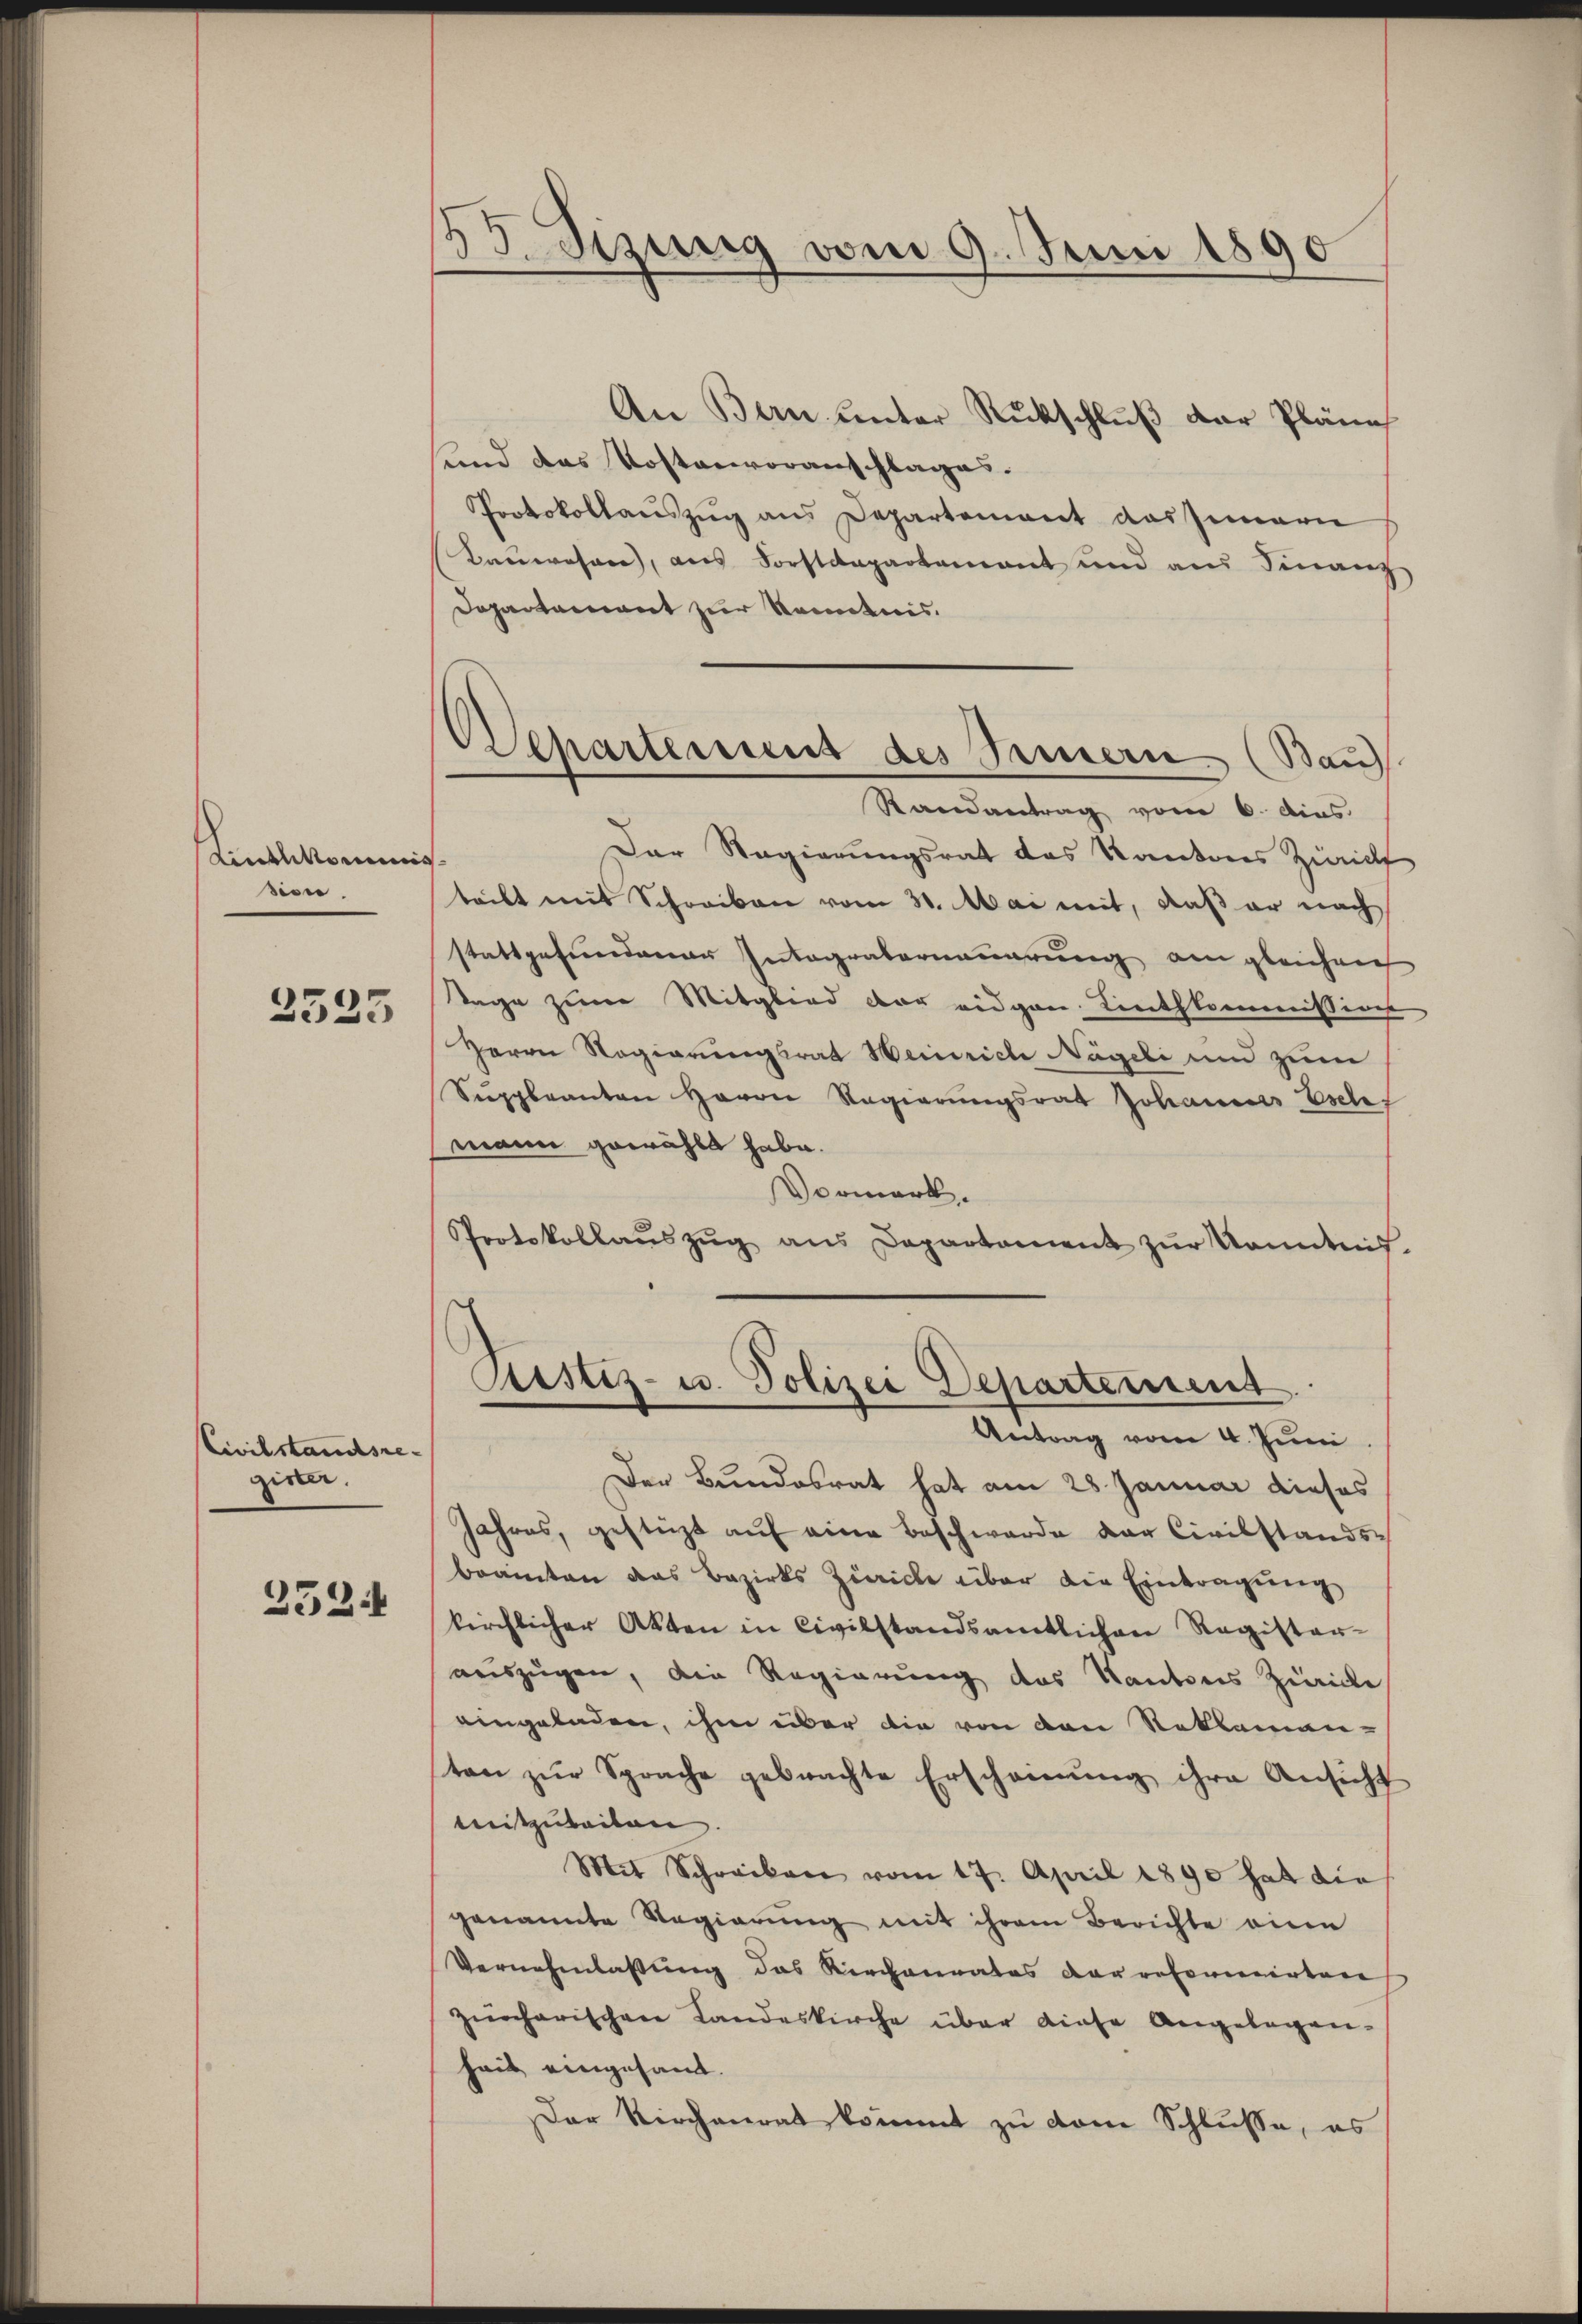
Linthkommnis
sion.
2525

Civilstandsregister.

2524

53. Sizung vom 9. Juni 1890

Departement des Sammern (Bau
Randantrag vom 6. dies

An Bern unter Rückschluß der Pläne
sund das Kostenvoranschlages.
Protokollauszug aus Departement das Innern
Bauerosen, aus Forstdepartamant und am Finanz
Departament zur Kenntnis.
Der Regierungsrat das Kantons Zürich
teilt mit Schreiben vom 31. Mai mit, daß er nach
stattgefundenen Integraberneuerung am gleichen
Tage zum Mitglied der eidgen. Linthkommissions
Herrn Regierungsrat Heinrich Nägeli und zum
Suppleanten Herrn Regierungsrat Johannes Esche
mann gewählt habe.
Vormerk.
Protokollaŭszŭg ans Departament zŭr Kenntnis.
Rustiz- u. Polizei Departement
Antrag vom 4. Juni
Der Bundesrat hat am 28. Januar dieses
Jahres, gestüzt auf eine Beschwerde der Civilstands-
brannten das Bezirks Zürich über die Eintragung
kirchlicher Akten in Civilstandsamtlichen Register-
auszugen, die Regierung des Kantons Zürich
eingeladen, ihm über die von den Reklamanton zur Sprache gebrachte Erscheinung ihre Ansicht
mitzubeiten.
Mit Schreiben vom 17. April 1890 hat die
genannte Regierŭng mit ihrem Berichte eine
Vernehmlassung das Kirchenrates der refomonirten
zürcherischen Landeskirche über diese Angelegen-
heit eingesamt.
Der Kirchenrat kommt zu vom Schluße, es